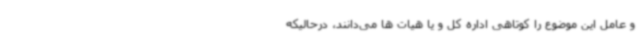
و عامل این موضوع را کوتاهی اداره کل و یا هیات ها می‌دانند، درحالیکه